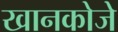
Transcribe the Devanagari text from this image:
खानकोजे